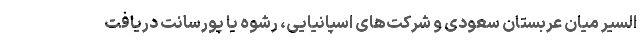
السیر میان عربستان سعودی و شرکت‌های اسپانیایی، رشوه یا پورسانت دریافت